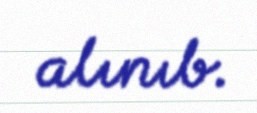
alınıb.